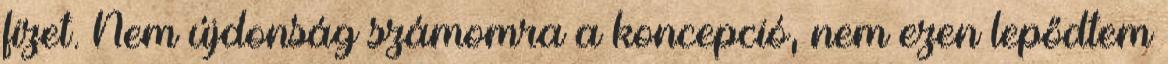
fizet. Nem újdonság számomra a koncepció, nem ezen lepődtem